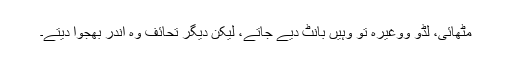
مٹھائی، لڈو ووغیرہ تو وہیں بانٹ دیے جاتے، لیکن دیگر تحائف وہ اندر بھجوا دیتے۔